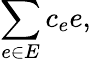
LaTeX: \sum_{e\in E}c_{e}e,